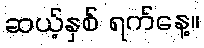
ဆယ့်နှစ် ရက်နေ့။